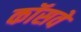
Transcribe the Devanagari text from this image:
कॉसवे